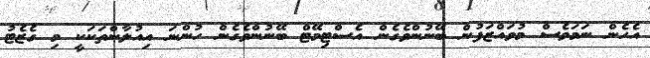
އެހެން ނަމަވެސް މުވައްޒަފުން ބޭނުންވެގެން އެސްޓިމޭޓް ބޭނުންވެގެން ހުންނަ އިއުލާންތަކަކީ މި ގެޒެޓު